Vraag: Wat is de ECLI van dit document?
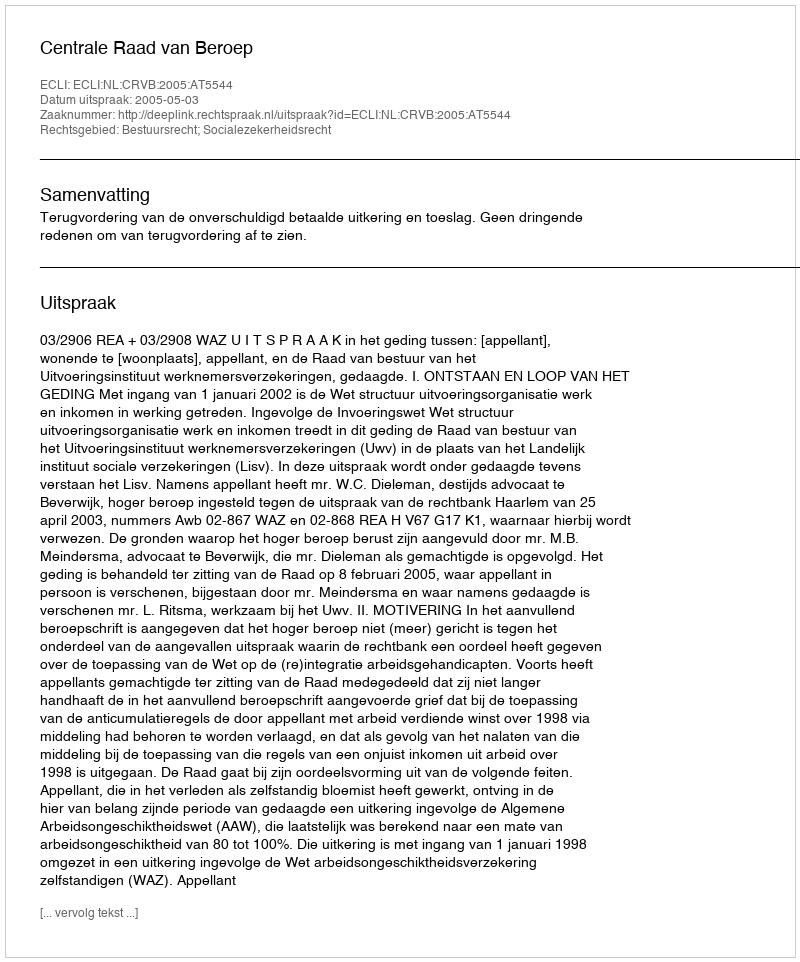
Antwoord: ECLI:NL:CRVB:2005:AT5544